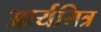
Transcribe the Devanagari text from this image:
आर्यमित्र